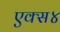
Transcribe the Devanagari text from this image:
एक्स४